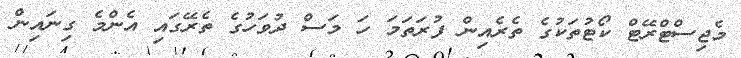
މެޖިސްޓްރޭޓް ކޯޓުތަކުގެ ތެރެއިން ފުރަތަމަ ހަ މަސް ދުވަހުގެ ތެރޭގައި އެންމެ ގިނައިން